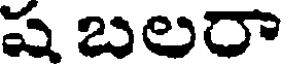
ష బలరా